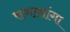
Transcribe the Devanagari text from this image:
राणासांगा